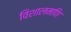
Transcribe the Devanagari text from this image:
विशालमणि